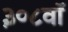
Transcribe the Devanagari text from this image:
३०८वॉ